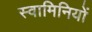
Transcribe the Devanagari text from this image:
स्वामिनियों